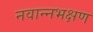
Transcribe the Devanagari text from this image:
नवान्नभक्षण